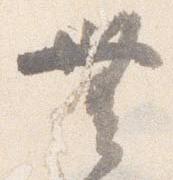
無